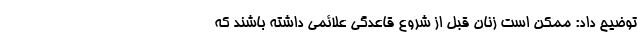
توضیح داد: ممکن است زنان قبل از شروع قاعدگی علائمی داشته باشند که